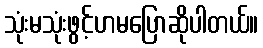
သုံးမသုံးဖွင့်ဟမပြောဆိုပါတယ်။